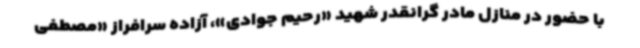
با حضور در منازل مادر گرانقدر شهید «رحیم جوادی»، آزاده سرافراز «مصطفی